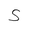
Letter: _hamza